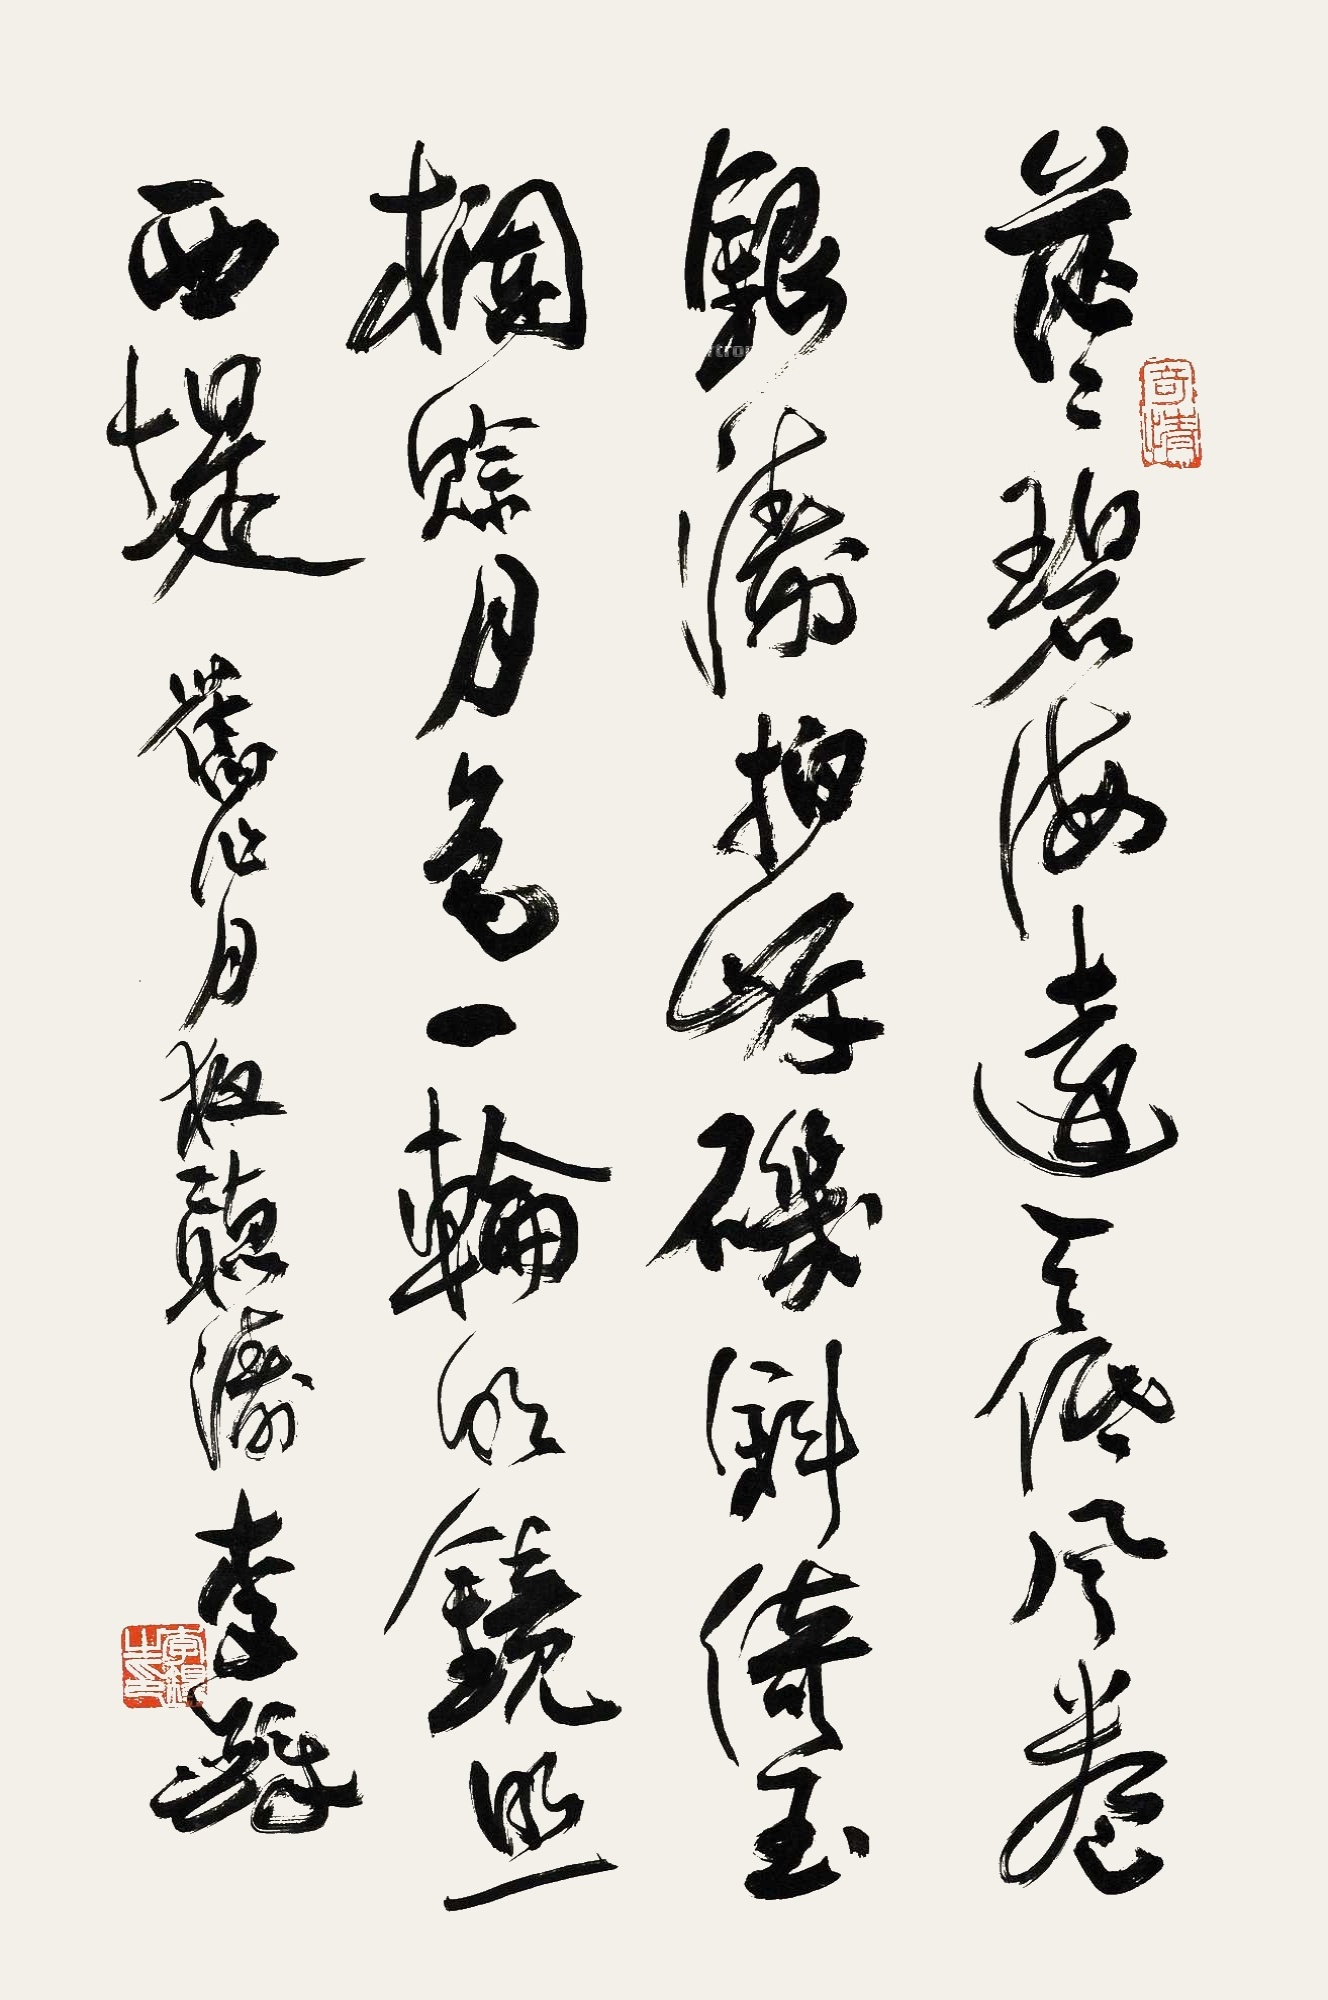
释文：茫茫碧海远天低，风卷银浪拍岸矶。斜倚玉栏赊月色，一轮明镜照西堤。旧作《月夜听涛》。李铎。